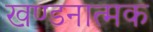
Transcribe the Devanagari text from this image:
खण्डनात्मक